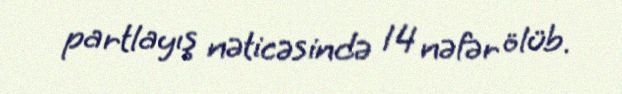
partlayış nəticəsində 14 nəfər ölüb.